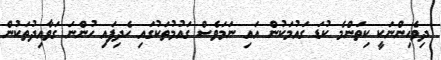
ދިވެހިންނަކީ ކިތަންމެ ކުޑަ ގައުމަކުން އައި ނަމަވެސް ގައުމުތަކުގައި ހެދިފައި ހުންނަ ގަވާއިދުތަކުން